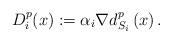
LaTeX: \begin{align*}D_{i}^{p}(x):=\alpha _{i}\nabla d_{S_{i}}^{p}\left( x\right) .\end{align*}